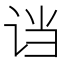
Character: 𬣭